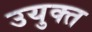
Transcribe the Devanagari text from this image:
उयुक्त